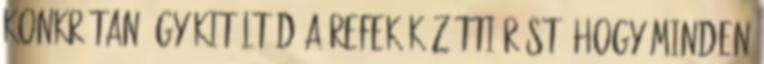
konkrétan úgy kitöltöd a refek közötti rést, hogy minden